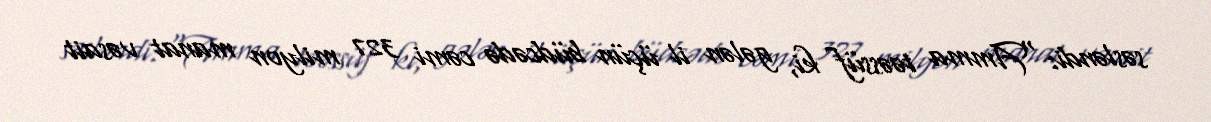
səsləndi: “Amma təəssüf ki, gələn il üçün büdcədə cəmi 327 milyon manat vəsait